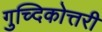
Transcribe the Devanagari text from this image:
गुच्दिकोत्तरी